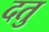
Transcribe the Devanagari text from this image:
दतु